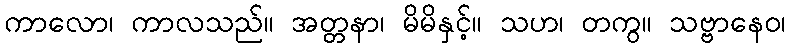
ကာလော၊ ကာလသည်။ အတ္တနာ၊ မိမိနှင့်။ သဟ၊ တကွ။ သဗ္ဗာနေဝ၊